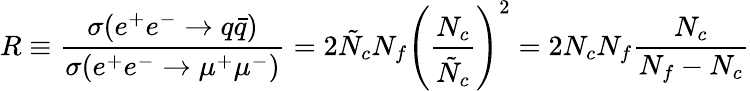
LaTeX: R\equiv\frac{\sigma(e^{+}e^{-}\rightarrow q\bar{q})}{\sigma(e^{+}e^{-}\rightarrow\mu^{+}\mu^{-})}=2\tilde{N}_{c}N_{f}\left(\frac{N_{c}}{\tilde{N}_{c}}\right)^{2}=2N_{c}N_{f}\frac{N_{c}}{N_{f}-N_{c}}